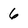
Character: 6